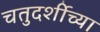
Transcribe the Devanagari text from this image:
चतुदर्शीच्या